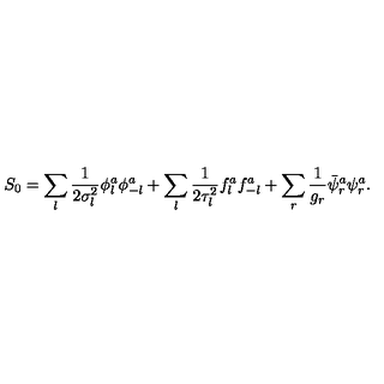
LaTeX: S _ { 0 } = \sum _ { l } { \frac { 1 } { 2 \sigma _ { l } ^ { 2 } } } \phi _ { l } ^ { a } \phi _ { - l } ^ { a } + \sum _ { l } { \frac { 1 } { 2 \tau _ { l } ^ { 2 } } } f _ { l } ^ { a } f _ { - l } ^ { a } + \sum _ { r } { \frac { 1 } { g _ { r } } } \bar { \psi } _ { r } ^ { a } \psi _ { r } ^ { a } .